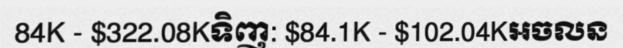
84K - $322.08Kទិញ: $84.1K - $102.04Kអចលន